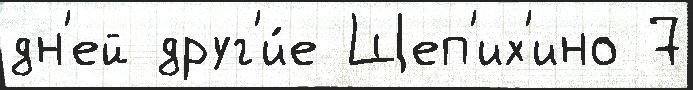
дн'ей друг'и́е Щеп'их'ино 7